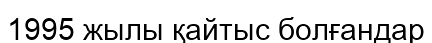
1995 жылы қайтыс болғандар